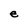
Character: e